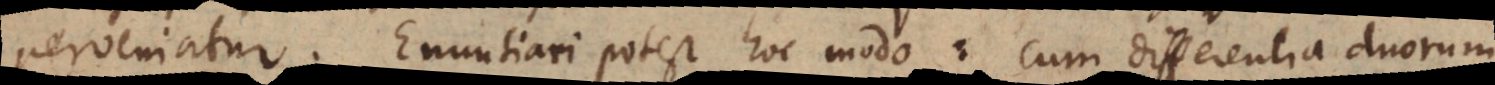
perveniatur. Enuntiari potest hoc modo: Cum differentia duorum